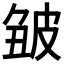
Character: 𤿥